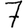
Digit: 7